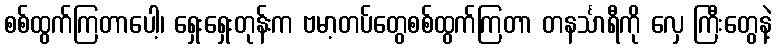
စစ်ထွက်ကြတာပေါ့၊ ရှေးရှေးတုန်းက ဗမာ့တပ်တွေစစ်ထွက်ကြတာ တနင်္သာရီကို လှေ ကြီးတွေနဲ့